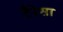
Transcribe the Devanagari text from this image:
टैरेसा